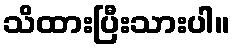
သိထားပြီးသားပါ။